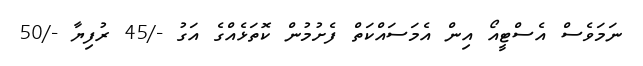
ނަމަވެސް އެސްޓީއޯ އިން އެމަސައްކަތް ފެށުމުން ކޮތަޅެއްގެ އަގު -/45 ރުފިޔާ -/50